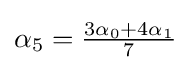
{\textstyle \alpha _{5}={{3\alpha _{0}+4\alpha _{1}} \over 7}}